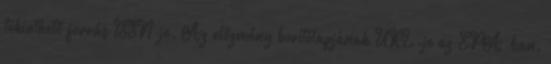
tekinthető forrás ISSN-je. Az előzmény borítólapjának URL-je az EPA-ban.